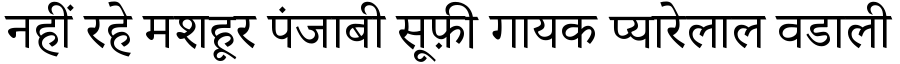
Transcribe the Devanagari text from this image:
नहीं रहे मशहूर पंजाबी सूफ़ी गायक प्यारेलाल वडाली